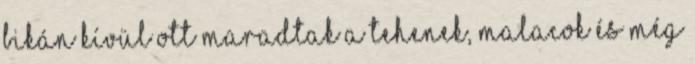
bikán kívül ott maradtak a tehenek, malacok és még